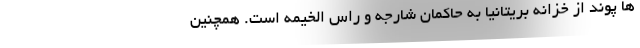
ها پوند از خزانه بریتانیا به حاکمان شارجه و راس الخیمه است. همچنین